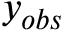
y _ { o b s }